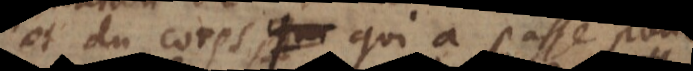
et du corps, qui a passé pour